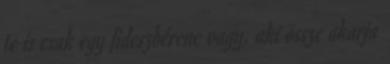
te is csak egy fideszbérenc vagy, aki össze akarja